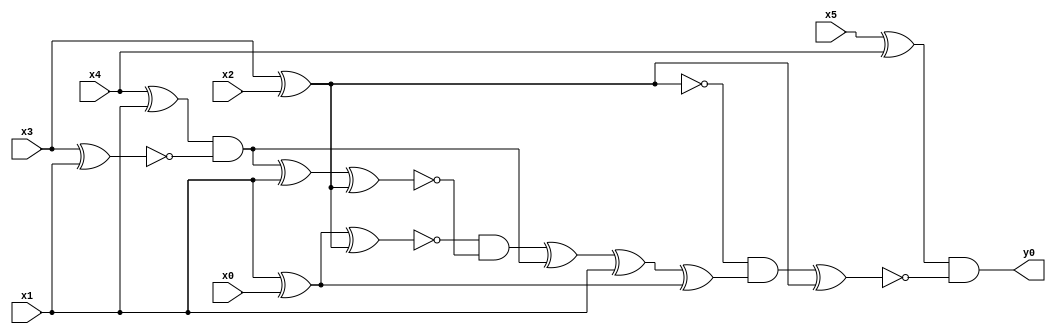
module top( x0 , x1 , x2 , x3 , x4 , x5 , y0 );
  input x0 , x1 , x2 , x3 , x4 , x5 ;
  output y0 ;
  wire n7 , n8 , n9 , n10 , n11 , n12 , n13 , n14 , n15 , n16 , n17 , n18 , n19 , n20 , n21 , n22 ;
  assign n7 = x5 ^ x4 ;
  assign n8 = x3 ^ x2 ;
  assign n9 = x1 ^ x0 ;
  assign n10 = n9 ^ n8 ;
  assign n11 = x4 ^ x1 ;
  assign n12 = x3 ^ x1 ;
  assign n13 = n11 & ~n12 ;
  assign n14 = n13 ^ x1 ;
  assign n15 = n14 ^ n8 ;
  assign n16 = ~n10 & ~n15 ;
  assign n17 = n16 ^ n13 ;
  assign n18 = n17 ^ x1 ;
  assign n19 = n18 ^ n9 ;
  assign n20 = ~n8 & n19 ;
  assign n21 = n20 ^ n8 ;
  assign n22 = n7 & ~n21 ;
  assign y0 = n22 ;
endmodule